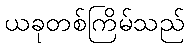
ယခုတစ်ကြိမ်သည်